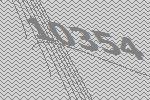
10354